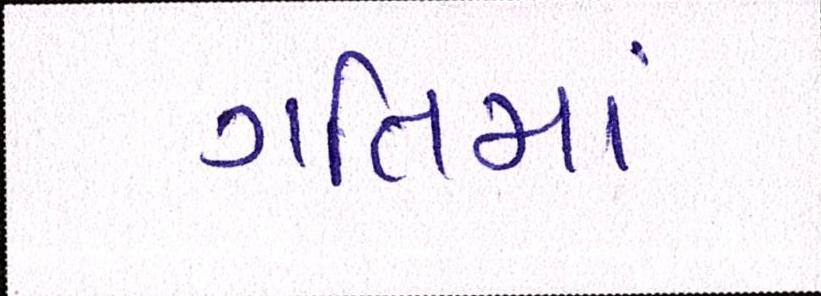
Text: ગતિમાં